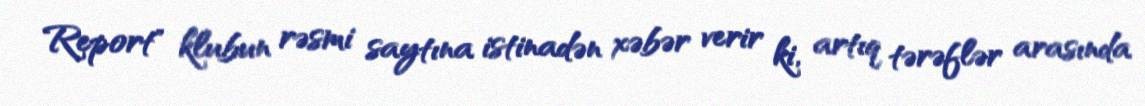
Report" klubun rəsmi saytına istinadən xəbər verir ki, artıq tərəflər arasında